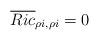
LaTeX: \begin{align*}\overline{Ric}_{\rho i,\rho i}=0\end{align*}